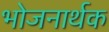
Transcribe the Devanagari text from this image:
भोजनार्थक